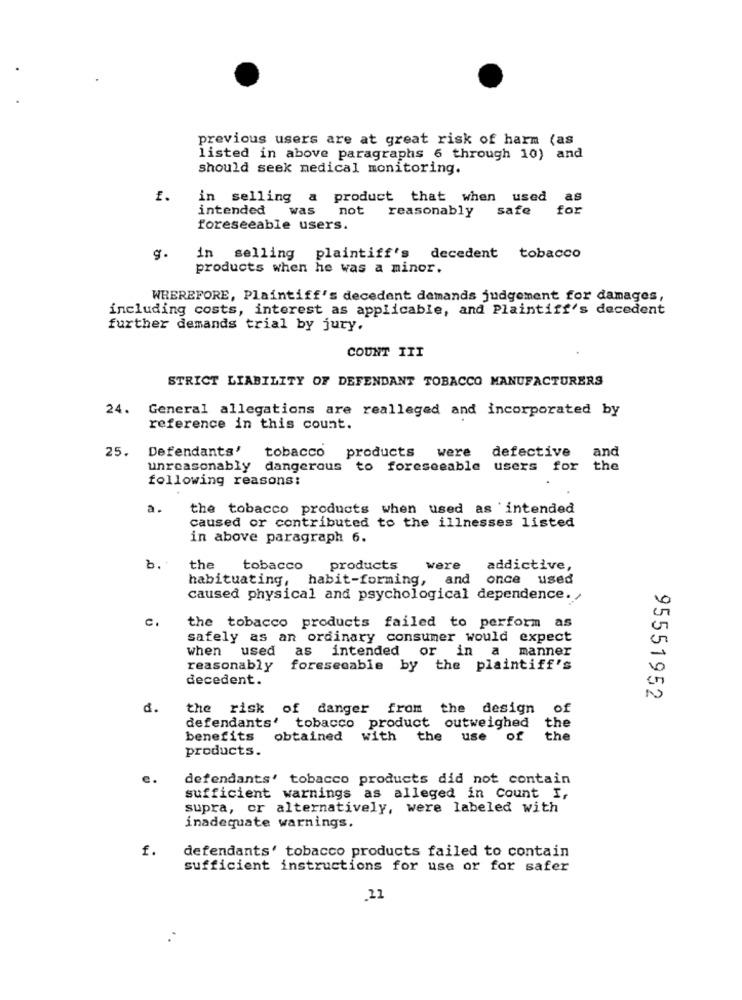
previous users are at great risk of harm (as
listed in above paragraphs 6 through 10) and
should seek medical monitoring.
1.
in selling a
product that when used
as
intended
was
not reasonably
safe
for
foreseeable users.
g.
in selling plaintiff's
decedent tobacco
products when he was a minor.
WHEREFORE, Plaintiff's decedent demands judgement for damages,
including costs, interest as applicable, and Plaintiff's decedent
further demands trial by jury.
COUNT ITT
STRICT LIABILITY OF DEFENDANT TOBACCO MANUFACTURERS
24. General allegations are realleged and incorporated by
reference in this count.
25.
Defendants'
defective
and
tobacco products
were
unreasonably dangerous to foreseeable users for the
following reasons:
a.
the tobacco products when used as intended
caused or contributed to the illnesses listed
in above paragraph 6.
b.
the
tobacco
products
were addictive,
habituating,
habit-forming, and once used
caused physical and psychological dependence.
c.
the tobacco products failed to perform as
safely as an ordinary consumer would expect
when used
as intended
or in a manner
reasonably
foreseeable by the plaintiff's
decedent.
95551952
d.
the risk of danger from the design of
defendants' tobacco product outweighed
the
benefits
obtained with the use of
the
products.
defendants' tobacco products did not contain
sufficient warnings as alleged in Count I,
supra, or alternatively, were labeled with
inadequate warnings.
f.
defendants' tobacco products failed to contain
sufficient instructions for use or for safer
.21